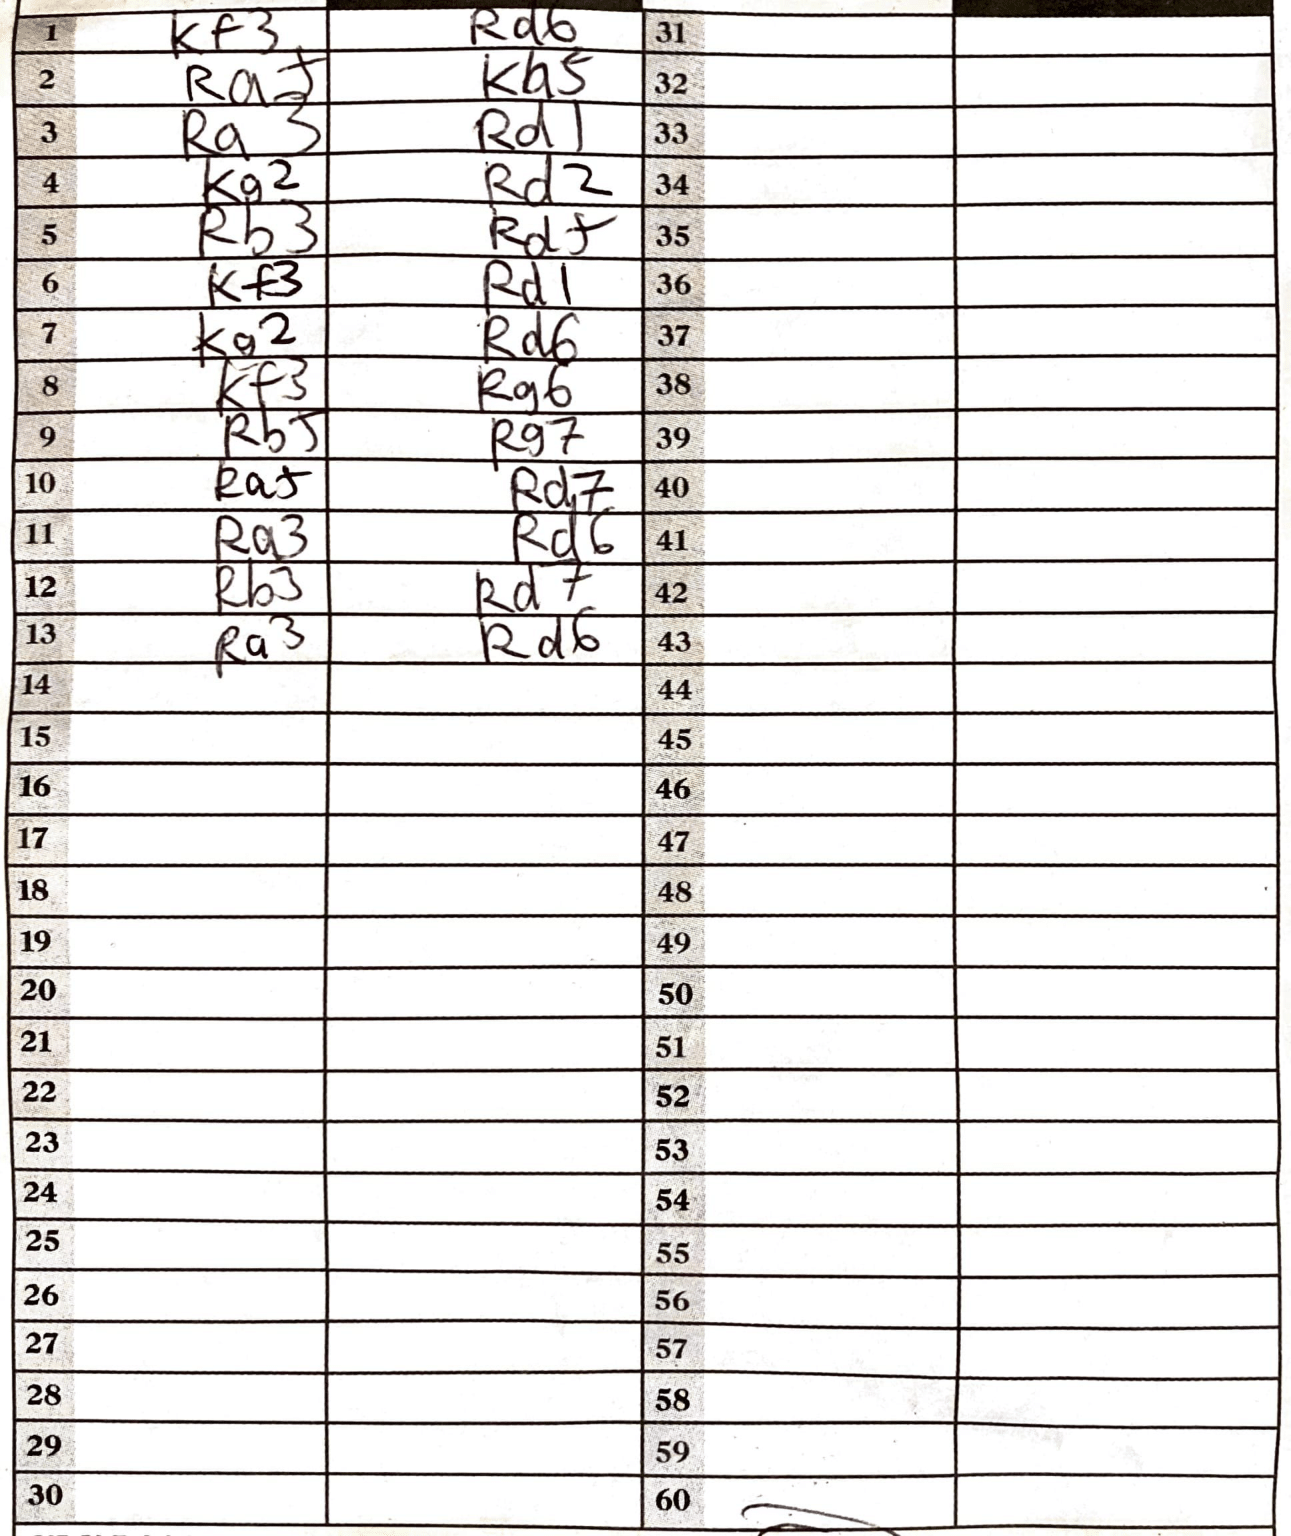
Moves: Kf3 Rd6 Ra+ Ka5 Ra3 Rd1 Kg2 Rd2 Rb3 Rd+ Kf3 Rd1 Kg2 Rg6 Kf3 Rg6 Rb+ Rg7 Ra+ Rd7 Ra3 Rd6 Rb3 Rd7 Ra3 Rd6